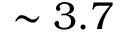
\sim 3 . 7